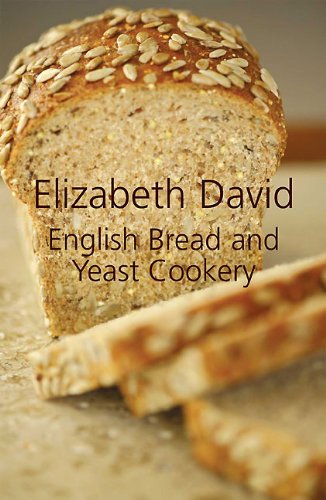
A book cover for English Bread and Yeast Cookery; Elizabeth David; Cookbooks, Food & Wine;